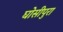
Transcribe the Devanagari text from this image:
घोसीपुरा